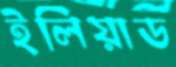
ইলিয়াড